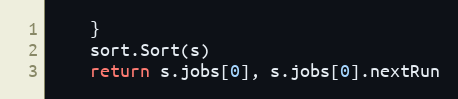
Language: Go
	}
	sort.Sort(s)
	return s.jobs[0], s.jobs[0].nextRun